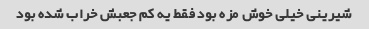
شیرینی خیلی خوش مزه بود فقط یه کم جعبش خراب شده بود